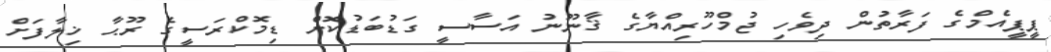
ޕީޕީއެމްގެ ފަރާތުން ދިވެހި ޖުމްހޫރިއްޔާގެ ޤާނޫނު އަސާސީ ގަޑުބަޑުކޮށް ޑިމޮކްރަސީގެ ރޫޙާ ޚިލާފަށް